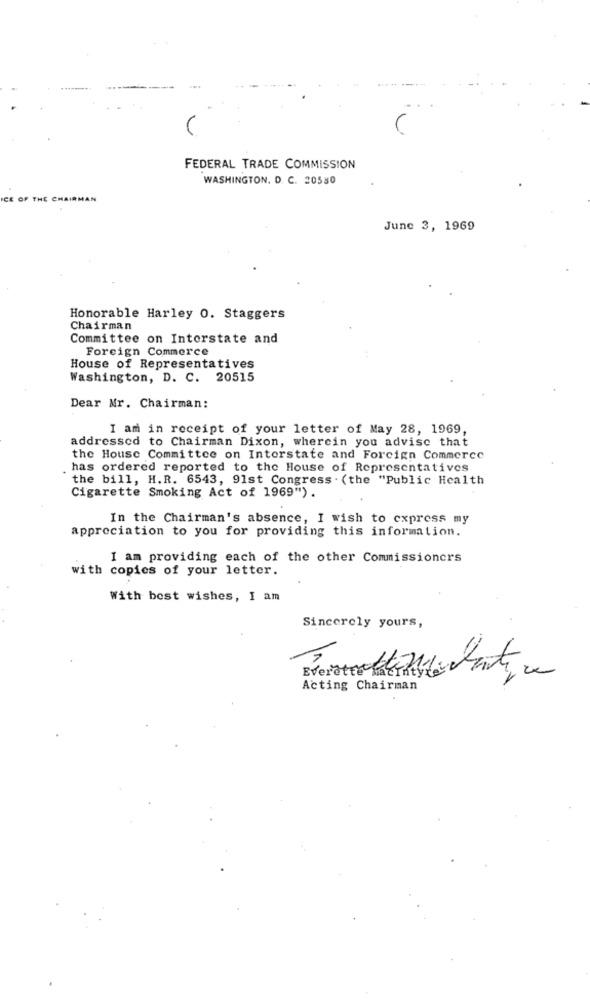
FEDERAL TRADE COMMISSION
WASHINGTON, D. C. 20580
ICE OF THE CHAIRM
AN
June 3, 1969
Honorable Harley 0. Staggers
Chairman
Committee on Interstate and
Foreign Commerce
House of Representatives
Washington, D. C. 20515
Dear Mr. Chairman:
I am in receipt of your letter of May 28, 1969,
addressed to Chairman Dixon, wherein you advise that
the House Committee on Interstate and Foreign Commerce
has ordered reported to the House of Representatives
the bill, H.R. 6543, 91st Congress . (the "Public Health
Cigarette Smoking Act of 1969").
In the Chairman's absence, I wish to express my
appreciation to you for providing this information.
I am providing each of the other Commissioners
with copies of your letter.
With best wishes, I am
Sincerely yours,
Everetto Lateral Mente
Acting Chairman